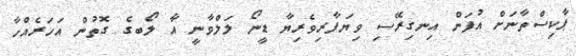
ޕާކިސްތާނަށް އުފަން އިނގިރޭސި ވިޔަފާރިވެރިޔާ ޑީނޯ ލަލްވާނީ އާ ލޯބގެ ގޮތުން އަހަރެއްހާ